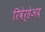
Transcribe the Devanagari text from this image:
रिवेर्हेअद